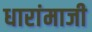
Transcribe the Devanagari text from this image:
धारांमाजी